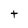
Character: t